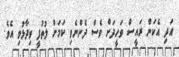
އަދި އެކަން ރައީސް ވަހީދަށް ވެސް ދެންނެވި ކަމަށް ލުތުފީ ވިދާޅުވި އެވެ.